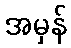
အမှန်